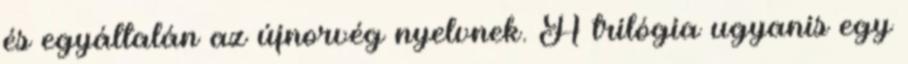
és egyáltalán az újnorvég nyelvnek. A trilógia ugyanis egy